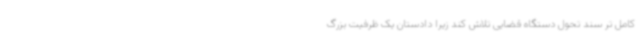
کامل تر سند تحول دستگاه قضایی تلاش کند زیرا دادستان یک ظرفیت بزرگ